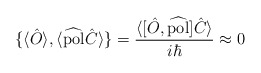
\begin{align*} \{\langle\hat{O}\rangle,\langle\widehat{\rm pol}\hat{C}\rangle\} = \frac{\langle [\hat{O},\widehat{\rm pol}]\hat{C}\rangle}{i\hbar}\approx 0\end{align*}